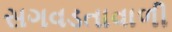
સગવડતાવાળી